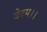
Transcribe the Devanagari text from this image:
वेदम।।